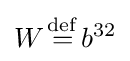
W{\stackrel {\mathrm {def} }{{}={}}}b^{32}